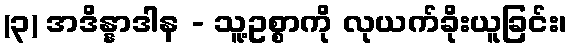
(၃) အဒိန္နာဒါန - သူ့ဥစ္စာကို လုယက်ခိုးယူခြင်း၊